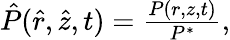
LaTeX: \begin{array}{r}{\hat{P}(\hat{r},\hat{z},t)=\frac{P(r,z,t)}{P^{*}},}\end{array}